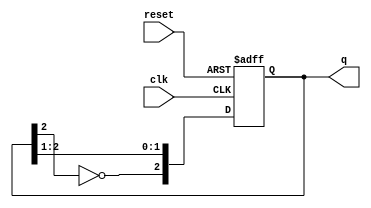
module johnson_counter #(
    parameter N = 3  // Number of bits for the Johnson counter
)(
    input wire clk,        // Clock signal
    input wire reset,      // Asynchronous reset signal
    output reg [N-1:0] q   // Output state of the counter
);

    // Internal register to hold the current state
    reg [N-1:0] state;

    // Asynchronous reset and state transition on clock edge
    always @(posedge clk or posedge reset) begin
        if (reset) begin
            state <= 0;  // Reset state to 0
        end else begin
            // Shift the state and feedback the inverted last bit
            state <= {~state[N-1], state[N-1:N-2]}; // Shift and feedback
        end
    end

    // Output logic (Moore machine)
    always @(*) begin
        q = state;  // Output is current state
    end

endmodule